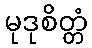
မုဒုစိတ္တံ